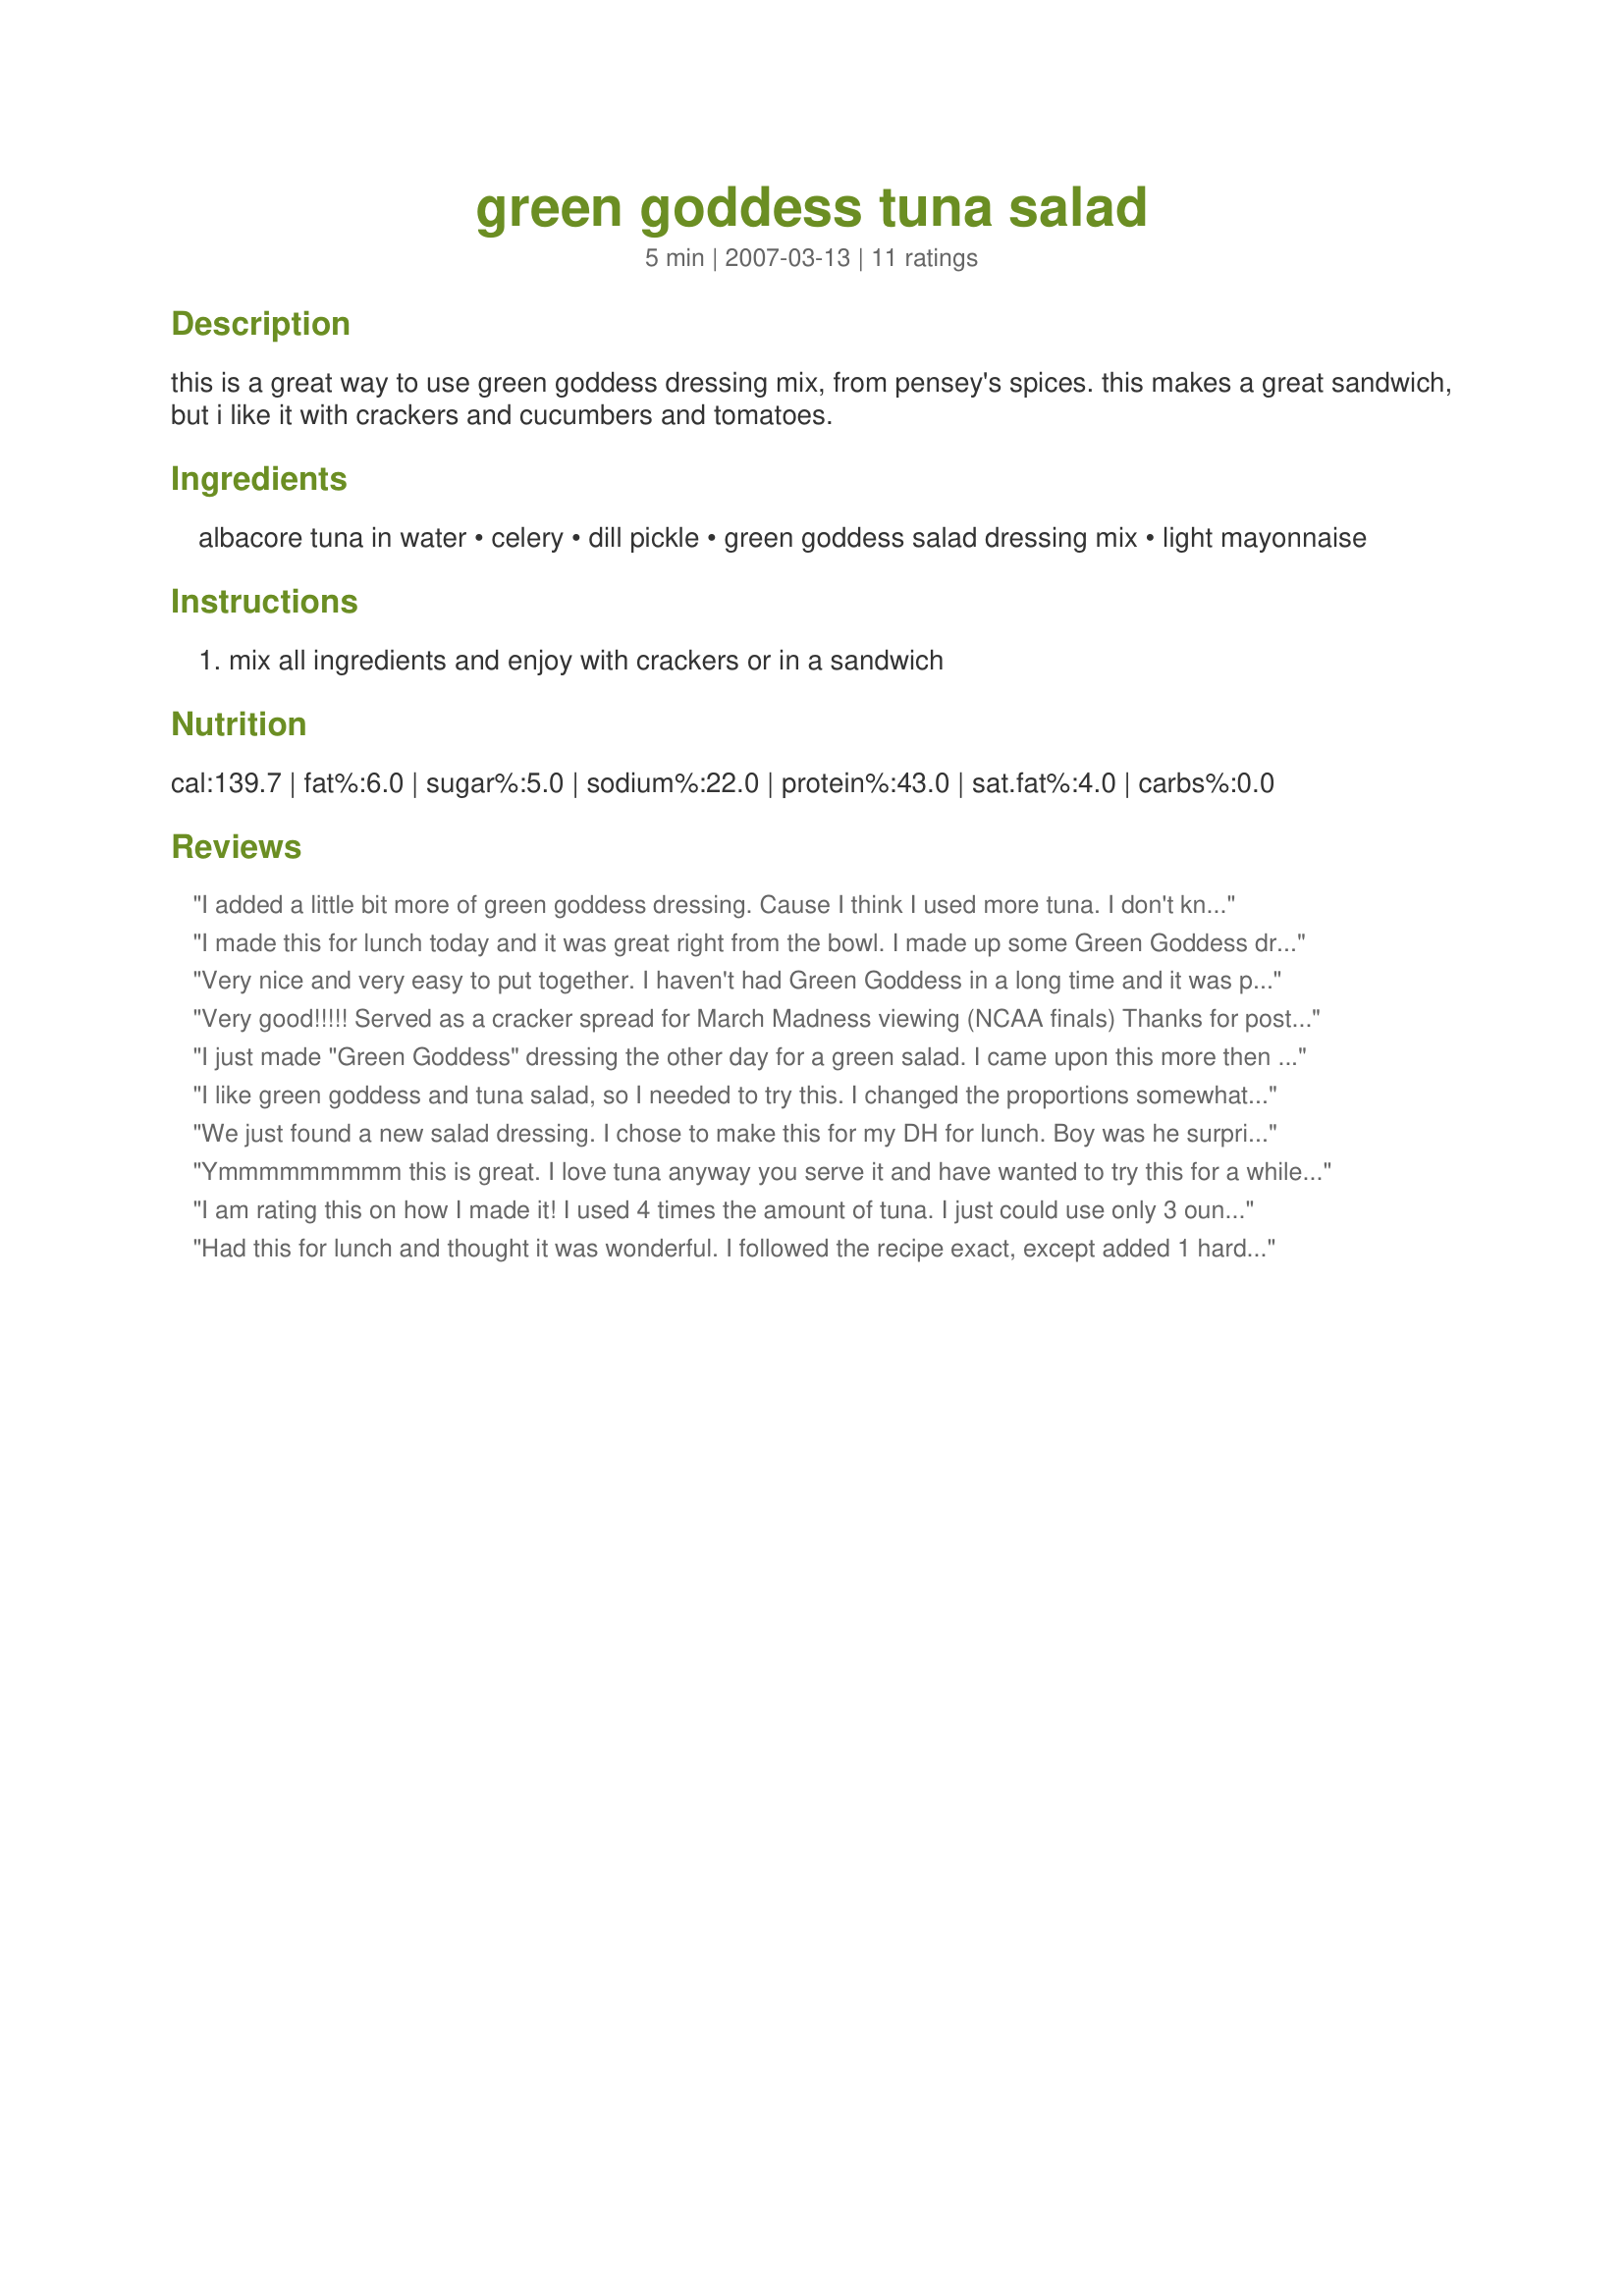
green goddess tuna salad
Preparation time: 5 minutes

this is a great way to use green goddess dressing mix, from pensey's spices. this makes a great sandwich, but i like it with crackers and cucumbers and tomatoes.

Ingredients:
albacore tuna in water, celery, dill pickle, green goddess salad dressing mix, light mayonnaise

Steps:
mix all ingredients and enjoy with crackers or in a sandwich

Reviews:
I added a little bit more of green goddess dressing. Cause I think I used more tuna. I don't know if it was a 3 ounces can since it's not writting in ounces on the can. I omitted the pickles. Thanks MsSally :) Made for Holiday tag
I made this for lunch today and it was great right from the bowl. I made up some Green Goddess dressing, used that for the mayo and added lemon juice, the parsley and green onions. I used a 6 oz. can of tuna. Thank you Sally!
Very nice and very easy to put together. I haven't had Green Goddess in a long time and it was perfect with this. thanks
Very good!!!!! Served as a cracker spread for March Madness viewing (NCAA finals) Thanks for posting this. I looooove the Green Goddess in this.
I just made "Green Goddess" dressing the other day for a green salad. I came upon this more then divine recipe and this was the perfect way to use the dressing again. I have not been a tuna fan for a long time, however; this wonderfully easy recipe was not only quick to put together, but delicious and healthy to boot. I served this with the addition of green onion, (as another reviewer had suggested) and on a slice of homemade bread. I almost thought I had gone to heaven. The celery and dressing just made a perfect union, and I will be making this quite often as swim suit season is on the horizon. Thank you so much, MsSally!
I like green goddess and tuna salad, so I needed to try this. I changed the proportions somewhat. I used two 6 ounce cans of tuna, 1/2 cup celery, 2 tablespoons pickles, 2 tablespoons green goddess mix and about 1/2 cup mayonnaise. Very good!
We just found a new salad dressing. I chose to make this for my DH for lunch. Boy was he surprised. Thanks for posting this recipe for all of us to try.
Ymmmmmmmmm this is great. I love tuna anyway you serve it and have wanted to try this for a while. Ever since I save this recipe in my 'To Try' file I haven't been able to find the Green Goddess at our small town grocery store. Finally they had it, Yepeeee... I used a large can of tuna and then still added another small can, since it only has the celery and a small amount of pickles it didn't seem to make much. Will make again now that I've tried it. Oh, yes made to the Soup, Sandwich and Salad photo challenge.
I am rating this on how I made it! I used 4 times the amount of tuna. I just could use only 3 ounces for then this would be celery salad! So the amount must be a misprint. Then green goddess salad dressing I could not find so I used fresh dill and basil. This was absolutely fabulous on a wrap with sliced avocado and sliced tomatoes.
Thanks!
Had this for lunch and thought it was wonderful. I followed the recipe exact, except added 1 hard boiled egg and served on a bed of lettuce. What a nice flavor with the Green Goddess dressing. Brought back childhood memories. :) Thanks for sharing this one. It's a *keeper* ~V
While making this great-tasting spread, I was tempted to substitute my usual sweet pickle relish for the chopped dill pickle, but I didn't [I get that in my own tuna salad recipes]! Instead, I followed the recipe given & diced & chopped very small, almost mincing! Very nice, & thanks for sharing!
